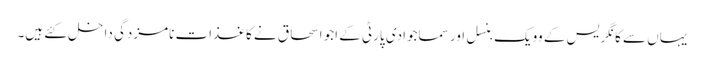
یہاں سے کانگریس کے وویک بنسل اور سماجوادی پارٹی کے اجو اسحاق نے کاغذات نامزدگی داخل کئے ہیں۔